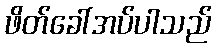
ဖိတ်ခေါ်အပ်ပါသည်